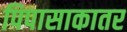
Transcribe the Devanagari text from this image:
पिपासाकातर